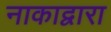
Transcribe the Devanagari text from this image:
नाकाद्वारा